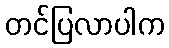
တင်ပြလာပါက